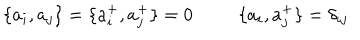
\{ a _ { i } , a _ { j } \} = \{ a _ { i } ^ { + } , a _ { j } ^ { + } \} = 0 \; \; \: \{ a _ { i } , a _ { j } ^ { + } \} = \delta _ { i j }